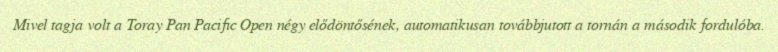
Mivel tagja volt a Toray Pan Pacific Open négy elődöntősének, automatikusan továbbjutott a tornán a második fordulóba.